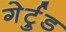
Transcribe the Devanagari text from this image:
गेर्ट्रुड